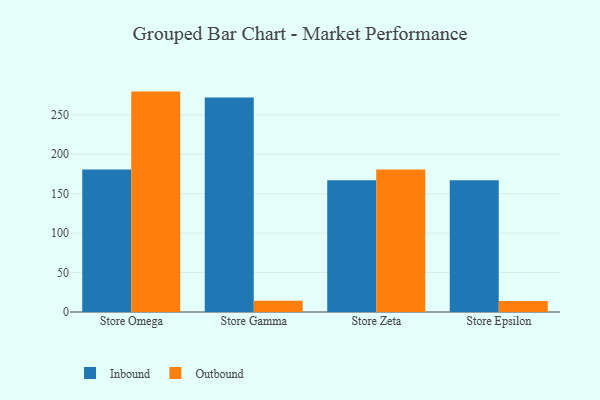
{"axis": {"x": "Store", "y": "Temperature (°C)"}, "legend": ["Inbound", "Outbound"], "data": [{"x": "Store Omega", "y": 180.8, "type": "Inbound"}, {"x": "Store Omega", "y": 279.4, "type": "Outbound"}, {"x": "Store Gamma", "y": 271.9, "type": "Inbound"}, {"x": "Store Gamma", "y": 14.4, "type": "Outbound"}, {"x": "Store Zeta", "y": 167.1, "type": "Inbound"}, {"x": "Store Zeta", "y": 180.7, "type": "Outbound"}, {"x": "Store Epsilon", "y": 167.0, "type": "Inbound"}, {"x": "Store Epsilon", "y": 13.8, "type": "Outbound"}]}